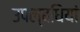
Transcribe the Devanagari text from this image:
उपल्बधियां